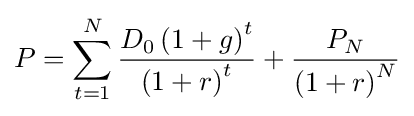
P=\sum _{t=1}^{N}{\frac {D_{0}\left(1+g\right)^{t}}{\left(1+r\right)^{t}}}+{\frac {P_{N}}{\left(1+r\right)^{N}}}